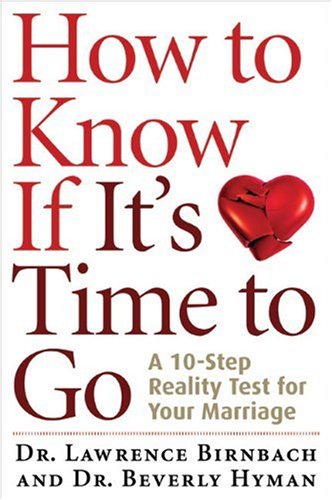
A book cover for How to Know If It's Time to Go: A 10-Step Reality Test for Your Marriage; Dr. Lawrence Birnbach; Parenting & Relationships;